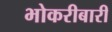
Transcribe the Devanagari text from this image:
भोकरीबारी